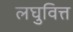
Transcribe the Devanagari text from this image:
लघुवित्त